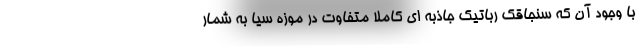
با وجود آن که سنجاقک رباتیک جاذبه ای کاملا متفاوت در موزه سیا به شمار